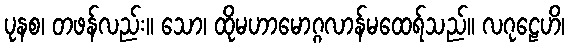
ပုနစ၊ တဖန်လည်း။ သော၊ ထိုမဟာမောဂ္ဂလာန်မထေရ်သည်။ လဂုဠေဟိ၊